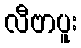
လီဗာပူး